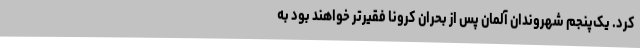
کرد. یک‌پنجم شهروندان آلمان پس از بحران کرونا فقیرتر خواهند بود به